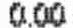
0.00